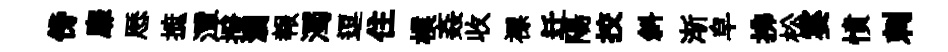
傍靡厯摭潭撥瀏報濁逗住樸姦收褾迁陽挍斜渐皁拂松霎憤刺